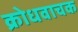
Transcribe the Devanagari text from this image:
क्रोधवाचक